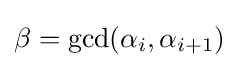
\beta =\gcd(\alpha _{i},\alpha _{i+1})